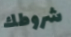
شروطك